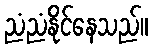
ညံညံနိုင်နေသည်။